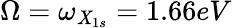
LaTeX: \Omega=\omega_{\mathit{X}_{1s}}=1.66eV